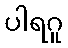
ပါရဂူ